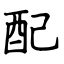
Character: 配